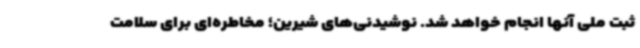
ثبت ملی آنها انجام خواهد شد. نوشیدنی‌های شیرین؛ مخاطره‌ای برای سلامت